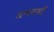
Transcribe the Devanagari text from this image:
अन्वयार्थी